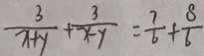
\frac { 3 } { x + y } + \frac { 3 } { x - y } = \frac { 7 } { 6 } + \frac { 8 } { 6 }